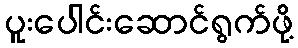
ပူးပေါင်းဆောင်ရွက်ဖို့